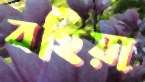
বহিয়া